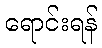
ရောင်းရန်